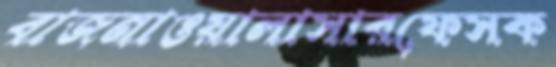
বাজনাওয়ালাসারফেসক